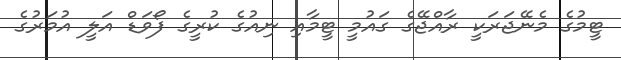
ޓީމުގެ މެނޭޖަރަކީ ރާއްޖޭގެ ގައުމީ ޓީމާއި ނިއުގެ ކުރީގެ ފޯވަޑް އަލީ އުމަރުގެ